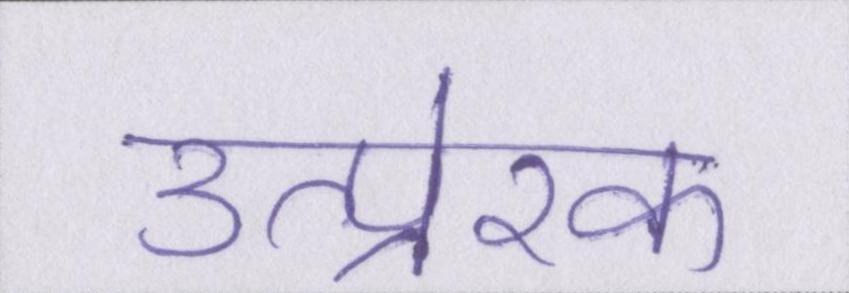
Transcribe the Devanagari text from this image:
उत्प्रेरक